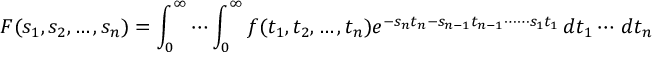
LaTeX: F ( s _ { 1 } , s _ { 2 } , \ldots , s _ { n } ) = \int _ { 0 } ^ { \infty } \cdots \int _ { 0 } ^ { \infty } f ( t _ { 1 } , t _ { 2 } , \ldots , t _ { n } ) e ^ { - s _ { n } t _ { n } - s _ { n - 1 } t _ { n - 1 } \cdots \cdots s _ { 1 } t _ { 1 } } \, d t _ { 1 } \cdots \, d t _ { n }